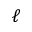
\ell